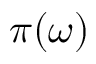
\pi ( \omega )